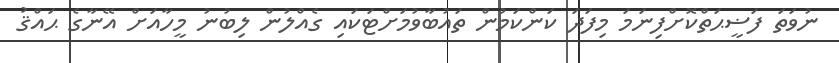
ނުވަތަ ފަޟީޙަތްކޮށްފިނަމަ މިފަދަ ކަންކަމުން ތައުބާވުމަށްޓަކައި ގެއްލުން ލިބުނު މީހާއަށް އޭނާގެ ޙައްޤު